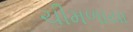
ચીમળાયા